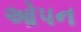
ઓપન